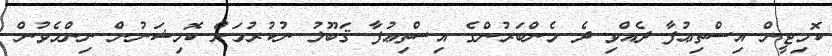
ކޮމިޓީން އިސްތިޢުފާ ދެއްވި ދެ މެންބަރުންގެ އިސްތިޢުފާ ޤަބޫލު ނުކުރުމަށް ކޮމިޝަނުން ނިންމެވުން.